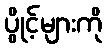
ပွိုင့်များကို